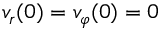
v _ { r } ( 0 ) = v _ { \varphi } ( 0 ) = 0